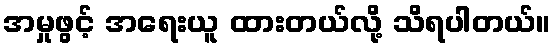
အမှုဖွင့် အရေးယူ ထားတယ်လို့ သိရပါတယ်။